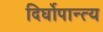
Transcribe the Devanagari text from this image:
दिर्घोपान्त्य